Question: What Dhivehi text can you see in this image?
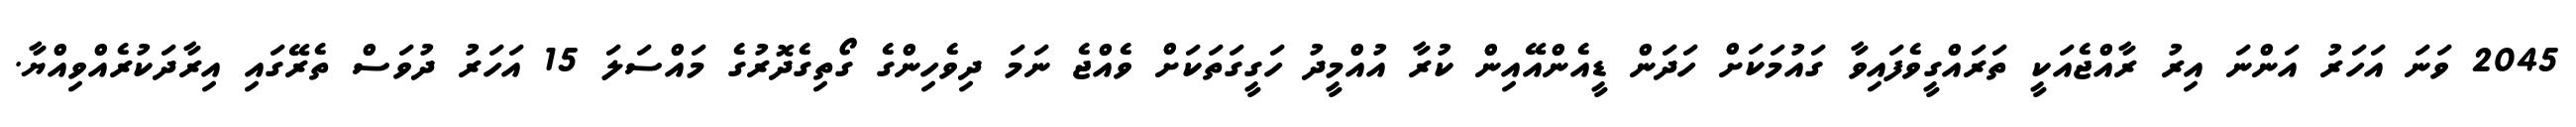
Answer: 2045 ވަނަ އަހަރު އަންނަ އިރު ރާއްޖެއަކީ ތަރައްގީވެފައިވާ ގައުމަކަށް ހަދަން ޑީއެންއޭއިން ކުރާ އުއްމީދު ހަގީގަތަކަށް ވެއްޖެ ނަމަ ދިވެހިންގެ ގޯތިގެދޮރުގެ މައްސަލަ 15 އަހަރު ދުވަސް ތެރޭގައި އިރާދަކުރެއްވިއްޔާ.